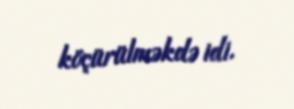
köçürülməkdə idi.